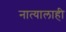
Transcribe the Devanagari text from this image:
नात्यालाही